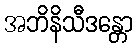
အဘိနိသီဒန္တော